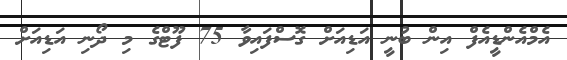
އެމްއެންޑީއެފް އިން ބުނީ އަޑިއަށް ގޮސްފައިވާ 75 ފޫޓްގެ މި ދޯނި އަޑިއަށް